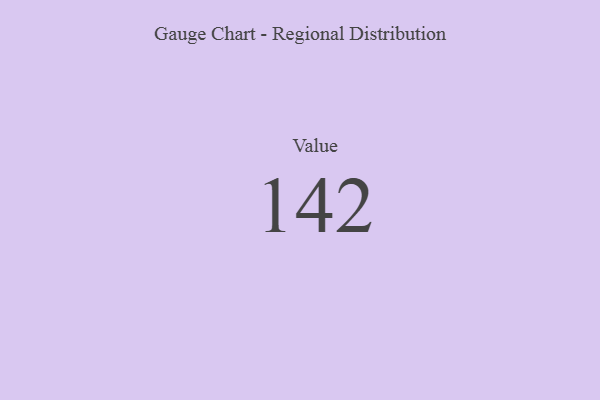
{"axis": {"x": "Metric", "y": "Value"}, "legend": [""], "data": [{"x": "Value", "y": 142, "type": ""}]}